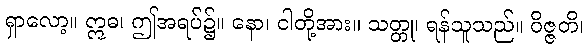
ရှာလော့။ ဣဓ၊ ဤအရပ်၌။ နော၊ ငါတို့အား။ သတ္တု၊ ရန်သူသည်။ ဝိဇ္ဇတိ၊